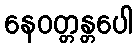
နေဝတ္တန္တပေါ